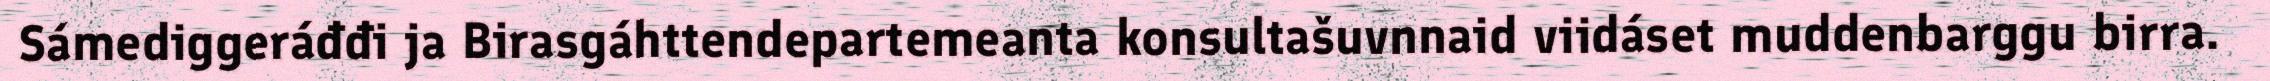
Sámediggeráđđi ja Birasgáhttendepartemeanta konsultašuvnnaid viidáset muddenbarggu birra.